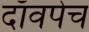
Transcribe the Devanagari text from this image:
दाँवपेच